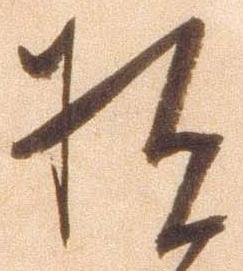
拙